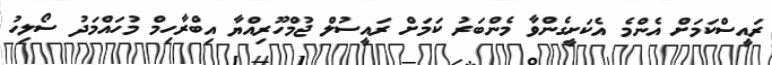
ރައީސްކަމަށް އެންމެ އެކަށީގެންވާ މެންބަރު ކަމަށް ރައީސުލް ޖުމްހޫރިއްޔާ އިބްރާހިމް މުހައްމަދު ސޯލިހު